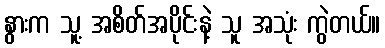
နွားက သူ့ အစိတ်အပိုင်းနဲ့ သူ အသုံး ကွဲတယ်။